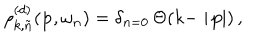
\rho _ { k , \tilde { n } } ^ { ( d ) } ( { \bf p } , \omega _ { n } ) = \delta _ { n = 0 } \, \Theta ( k - \mid \! { \bf p } \! \! \mid ) \, ,